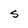
Character: S